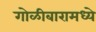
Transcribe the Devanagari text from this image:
गोळीबारामध्ये